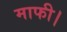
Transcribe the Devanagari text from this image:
माफी।